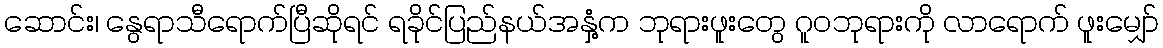
ဆောင်း၊ နွေရာသီရောက်ပြီဆိုရင် ရခိုင်ပြည်နယ်အနှံ့က ဘုရားဖူးတွေ ဂူဝဘုရားကို လာရောက် ဖူးမျှော်